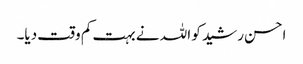
احسن رشید کو اللہ نے بہت کم وقت دیا۔